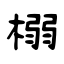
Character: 榒